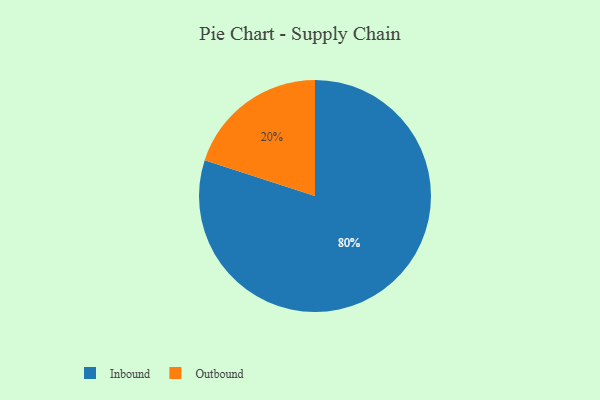
{"axis": {"x": "Category", "y": "Percentage"}, "legend": ["Inbound", "Outbound"], "data": [{"x": "Inbound", "y": 80, "type": "Inbound"}, {"x": "Outbound", "y": 20, "type": "Outbound"}]}